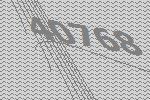
40768